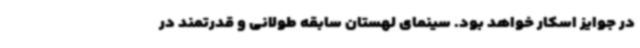
در جوایز اسکار خواهد بود. سینمای لهستان سابقه طولانی و قدرتمند در